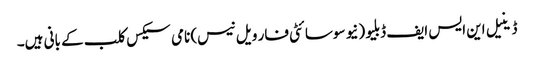
ڈینیل این ایس ایف ڈبلیو (نیو سوسائٹی فار ویل نیس) نامی سیکس کلب کے بانی ہیں۔